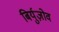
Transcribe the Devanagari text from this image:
बिर्युज़ोव